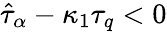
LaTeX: \hat{\tau}_{\alpha}-\kappa_{1}\tau_{q}<0